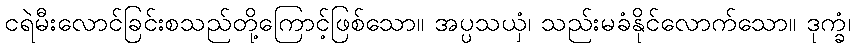
ငရဲမီးလောင်ခြင်းစသည်တို့ကြောင့်ဖြစ်သော။ အပ္ပသယှံ၊ သည်းမခံနိုင်လောက်သော။ ဒုက္ခံ၊